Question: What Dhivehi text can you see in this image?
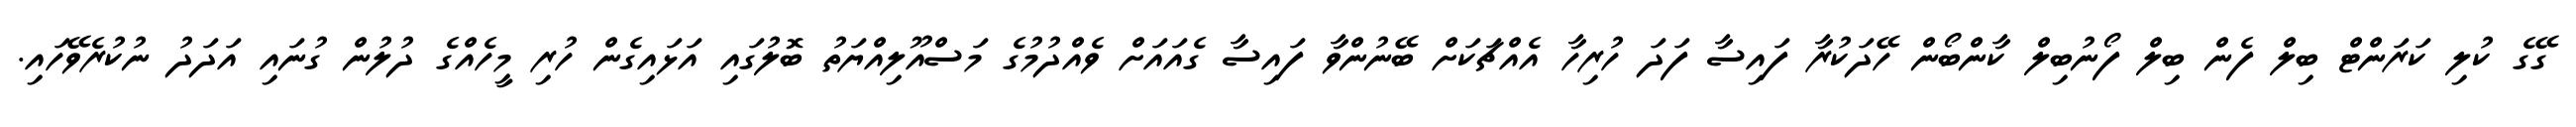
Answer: ގޭގެ ކުލި ކަރަންޓް ބިލް ފެން ބިލް ފޯނުބިލް ކާންބޯން ހޭދަކުރާ ފައިސާ ފަދަ ހުރިހާ އެއްޗަކަށް ބޭނުންވާ ފައިސާ ގެއައަށް ވެއްދުމުގެ މަސްއޫލިއްޔަތު ބޮލުގައި އަޅައިގެން ހުރި މީހެއްގެ ދުލުން ގުނައި އަދަދު ނުކުރެވޭހައި.